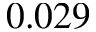
0 . 0 2 9